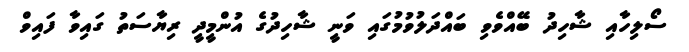
ސޯލިހާއި ޝާހިދު ބޭއްވެވި ބައްދަލުވުމުގައި ވަނީ ޝާހިދުގެ އުންމީދީ ރިޔާސަތު ގައިވާ ފައިވް